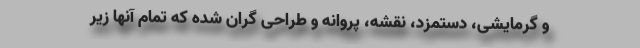
و گرمایشی، دستمزد، نقشه، پروانه و طراحی گران شده که تمام آنها زیر